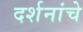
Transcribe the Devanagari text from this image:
दर्शनांचे